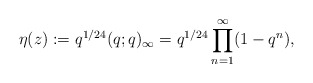
\begin{align*}\eta(z):=q^{1/24}(q;q)_{\infty}=q^{1/24}\prod_{n=1}^{\infty}(1-q^n),\end{align*}